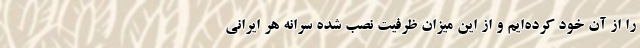
را از آنِ خود کرده‌ایم و از این میزان ظرفیت نصب شده سرانه هر ایرانی